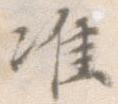
准